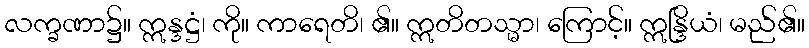
လက္ခဏာ၌။ ဣန္ဒဋ္ဌံ၊ ကို။ ကာရေတိ၊ ၏။ ဣတိတသ္မာ၊ ကြောင့်။ ဣန္ဒြိယံ၊ မည်၏။